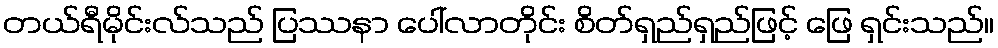
တယ်ရီမိုင်းလ်သည် ပြဿနာ ပေါ်လာတိုင်း စိတ်ရှည်ရှည်ဖြင့် ဖြေ ရှင်းသည်။